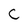
Character: C